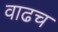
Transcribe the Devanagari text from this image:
वाढच